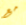
مع